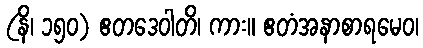
(နိ၊ ၁၅၀) ဧတဒေဝါတိ၊ ကား။ ဧတံအနာစာရမေဝ၊